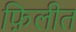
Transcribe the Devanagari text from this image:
फ़िलीत